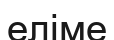
еліме